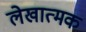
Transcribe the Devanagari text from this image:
लेखात्मक